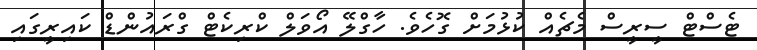
ޓެސްޓް ސީރީސް މެޗެއް ކުޅުމަށް ގޮހެވެ. ހާގްލޭ އޯވަލް ކްރިކެޓް ގްރައުންޑް ކައިރީގައި